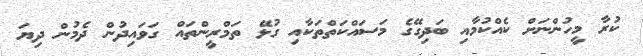
ކުރާ މީހުންނަށް ކެއްކުމާއި ބަދިގޭގެ މަސައްކަތްތަކާއި ގުޅޭ ތަމްރީންތައް ގަވައިދުން ދެމުން ދިޔަ